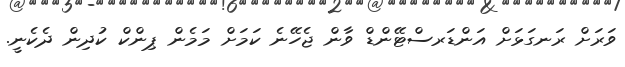
ވަރަށް ރަނގަޅަށް އަންޑަރސްޓޭންޑް ވާން ޖެހޭނެ ކަމަށް މަމެން ޕިންކް ކުދިން ދެކެނީ.